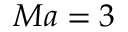
M a = 3